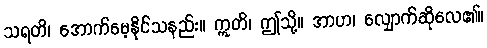
သရတိ၊ အောက်မေ့နိုင်သနည်း။ ဣတိ၊ ဤသို့။ အာဟ၊ လျှောက်ဆိုလေ၏။